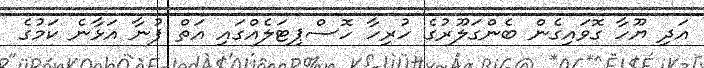
އަދި ޔޫހާ ގޮވައިގެން ބެންގަލޫރުގެ ހުރިހާ ހޮސްޕިޓަލެއްގައި އަތް ފުނާ އަޅާނެ ކަމުގެ